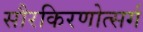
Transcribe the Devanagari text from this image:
सौरकिरणोत्सर्ग